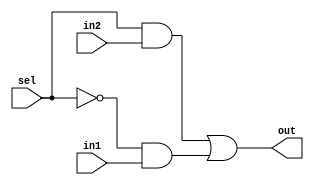
module mux2to1 (out, sel, in1, in2);
    input in1, in2, sel;
    output out;

    wire not_sel, a1, a2;

    not(not_sel, sel);
    and(a1, sel, in2);
    and(a2, not_sel, in1);

    or (out, a1, a2);

endmodule

module bit8_2to1mux(out, sel, in1, in2);
    input [7:0] in1, in2;
    output [7:0] out;

    input sel;

    //GENERATE STATEMENT AND FOR LOOP FOR 8 MUX
    genvar j;

    generate for (j = 0; j<8; j = j + 1) begin: mux_loop
        mux2to1 mj(out[j], sel, in1[j], in2[j]);
    end
    endgenerate

endmodule

module bit32_2to1mux(out, sel, in1, in2);
    input [31:0] in1, in2;
    output [31:0] out;

    input sel;

    genvar j;

    generate for (j = 0; j<4; j = j + 1) begin: mux_loop
        bit8_2to1mux mj(out[7 + j*8:j*8], sel, in1[7 + j*8:j*8], in2[7 + j*8:j*8]);
    end
    endgenerate
endmodule